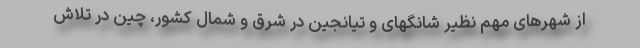
از شهرهای مهم نظیر شانگهای و تیانجین در شرق و شمال کشور، چین در تلاش